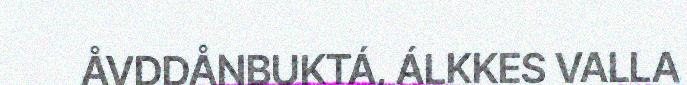
ÅVDDÅNBUKTÁ, ÁLKKES VALLA